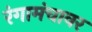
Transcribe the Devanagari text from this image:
रंगामंचावर